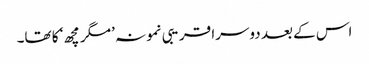
اس کے بعد دوسرا قریبی نمونہ ’مگر مچھ‘ کا تھا۔